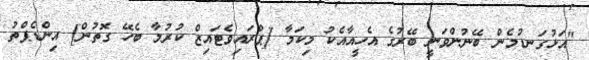
"އަޅުގަނޑުމެން ބޭނުންވަނީ ބޭރުގެ އެހީއާއެކު މިކަމާ [ޕްރައިވެޓައިޒް ކުރުމާ ބެހޭ ގޮތުން] އިންޑެޕްތު